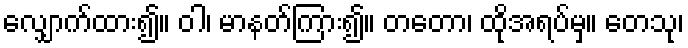
လျှောက်ထား၍။ ဝါ၊ မာနတ်ကြား၍။ တတော၊ ထိုအရပ်မှ။ တေသု၊